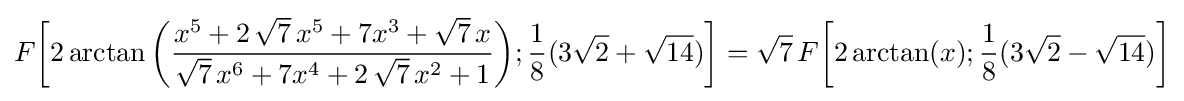
F{\biggl [}2\arctan {\biggl (}{\frac {x^{5}+2\,{\sqrt {7}}\,x^{5}+7x^{3}+{\sqrt {7}}\,x}{{\sqrt {7}}\,x^{6}+7x^{4}+2\,{\sqrt {7}}\,x^{2}+1}}{\biggr )};{\frac {1}{8}}(3{\sqrt {2}}+{\sqrt {14}}){\biggr ]}={\sqrt {7}}\,F{\biggl [}2\arctan(x);{\frac {1}{8}}(3{\sqrt {2}}-{\sqrt {14}}){\biggr ]}